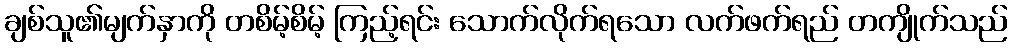
ချစ်သူ၏မျက်နှာကို တစိမ့်စိမ့် ကြည့်ရင်း သောက်လိုက်ရသော လက်ဖက်ရည် တကျိုက်သည်